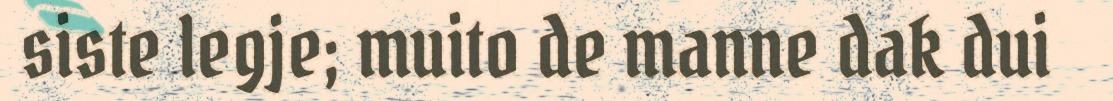
siste legje; muito de manne dak dui